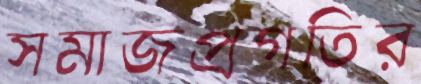
সমাজপ্রগতির